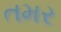
તમર